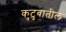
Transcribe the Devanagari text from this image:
कुटुबातील